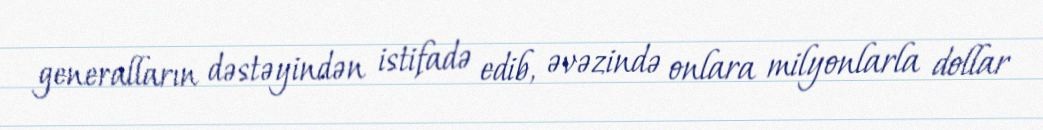
generalların dəstəyindən istifadə edib, əvəzində onlara milyonlarla dollar